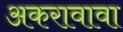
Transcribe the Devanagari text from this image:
अकरावावा